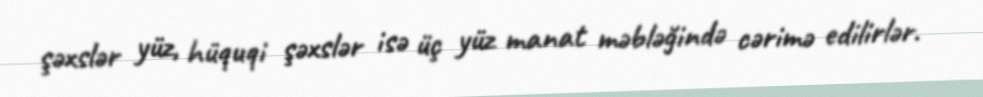
şəxslər yüz, hüquqi şəxslər isə üç yüz manat məbləğində cərimə edilirlər.